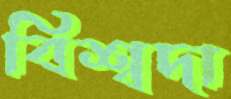
বিশ্বদা